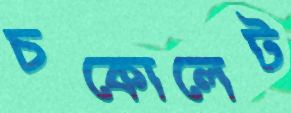
চকোলেট